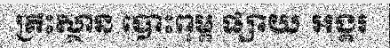
គ្រឹះស្ថាន បោះពុម្ព ផ្សាយ អង្គរ